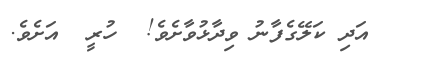
އަދި ކަލޭގެފާނު ވިދާޅުވާށެވެ!  ހުރީ  އަށެވެ.